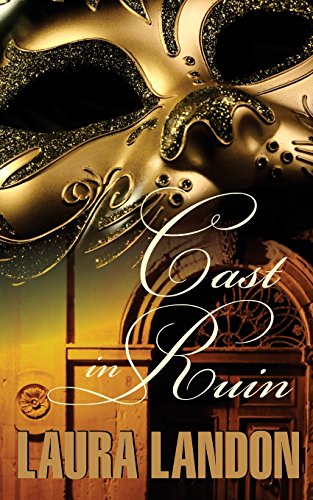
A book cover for Cast in Ruin; Laura Landon; Romance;